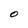
Character: O